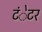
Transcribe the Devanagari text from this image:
टंेटर